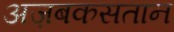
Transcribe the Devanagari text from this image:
अज़बकसतान